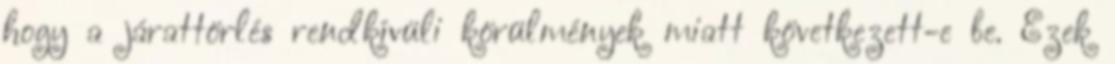
hogy a járattörlés rendkívüli körülmények miatt következett-e be. Ezek